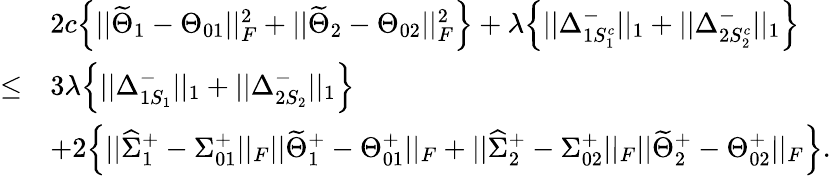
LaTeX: \begin{array}{rl}&{2c\Big\{ ||\widetilde{\Theta}_{1}-\Theta_{01}||_{F}^{2}+||\widetilde{\Theta}_{2}-\Theta_{02}||_{F}^{2}\Big\} +\lambda\Big\{ ||\Delta_{1S_{1}^{c}}^{-}||_{1}+||\Delta_{2S_{2}^{c}}^{-}||_{1}\Big\} }\\ {\leq}&{3\lambda\Big\{ ||\Delta_{1S_{1}}^{-}||_{1}+||\Delta_{2S_{2}}^{-}||_{1}\Big\} }\\ &{+2\Big\{ ||\widehat{\Sigma}_{1}^{+}-\Sigma_{01}^{+}||_{F}||\widetilde{\Theta}_{1}^{+}-\Theta_{01}^{+}||_{F}+||\widehat{\Sigma}_{2}^{+}-\Sigma_{02}^{+}||_{F}||\widetilde{\Theta}_{2}^{+}-\Theta_{02}^{+}||_{F}\Big\} .}\end{array}